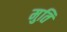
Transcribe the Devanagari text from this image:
मुति